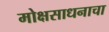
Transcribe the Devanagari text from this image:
मोक्षसाधनाचा